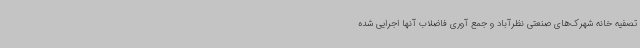
تصفیه خانه شهرک‌های صنعتی نظرآباد و جمع آوری فاضلاب آنها اجرایی شده